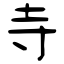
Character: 寺